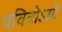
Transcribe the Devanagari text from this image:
पवित्रोऽसौ